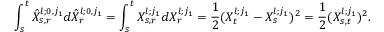
\int _ { s } ^ { t } \hat { X } _ { s , r } ^ { l ; 0 , j _ { 1 } } d \hat { X } _ { r } ^ { l ; 0 , j _ { 1 } } = \int _ { s } ^ { t } X _ { s , r } ^ { l ; j _ { 1 } } d X _ { r } ^ { l ; j _ { 1 } } = \frac { 1 } { 2 } ( X _ { t } ^ { l ; j _ { 1 } } - X _ { s } ^ { l ; j _ { 1 } } ) ^ { 2 } = \frac { 1 } { 2 } ( X _ { s , t } ^ { l ; j _ { 1 } } ) ^ { 2 } .